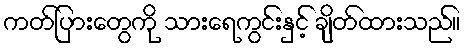
ကတ်ပြားတွေကို သားရေကွင်းနှင့် ချိတ်ထားသည်။